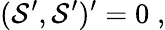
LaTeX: ({\cal S}^{\prime},{\cal S}^{\prime})^{\prime}=0\; ,